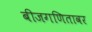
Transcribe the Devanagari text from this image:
बीजगणितावर